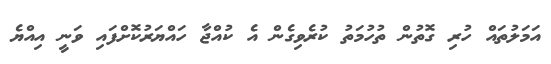
އަމަލުތައް ހުރި ގޮތުން ތުހުމަތު ކުރެވިގެން އެ ކުއްޖާ ހައްޔަރުކޮށްފައި ވަނީ އިއްޔެ